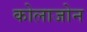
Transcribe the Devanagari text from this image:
कोलाजोन